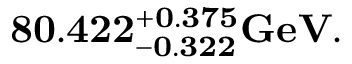
\mathbf { 8 0 . 4 2 2 _ { - 0 . 3 2 2 } ^ { + 0 . 3 7 5 } G e V . }